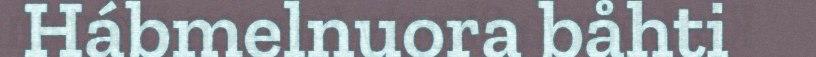
Hábmelnuora båhti